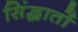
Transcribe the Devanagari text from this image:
सिंद्धातों